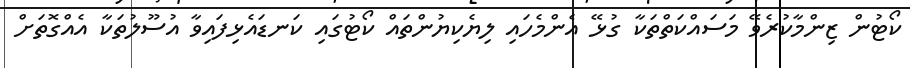
ކޯޓުން ޒިންމާކުރެވޭ މަސައްކަތްތަކާ ގުޅޭ އެންމެހައި ލިޔެކިޔުންތައް ކޯޓުގައި ކަނޑައެޅިފައިވާ އުސޫލުތަކާ އެއްގޮތަށް